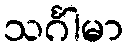
သင်္ဂါမာ